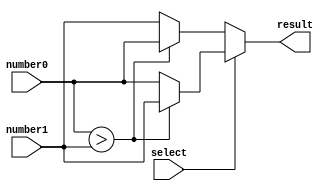
module MMS_2num(result, select, number0, number1);
	input        select;
	input  [7:0] number0;
	input  [7:0] number1;
	output reg[7:0] result;
	
    always@ (*)
    begin
        result = number0;
        if(select == 0)
        begin
            if(number0 > number1)
                result = number0;
            else
                result = number1;
        end
        else
        begin
            if(number0 > number1)
                result = number1;
            else
                result = number0;
        end
    end
	
endmodule